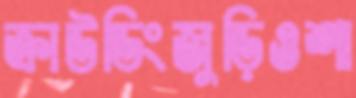
ক্রাউডিংজুড়িওশা